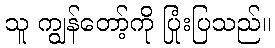
သူ ကျွန်တော့်ကို ပြုံးပြသည်။